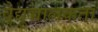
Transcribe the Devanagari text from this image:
वैद्युच्चालकता